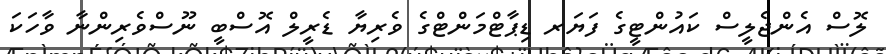
ލޮސް އެންޖެލީސް ކައުންޓީގެ ފަޔަރ ޑިޕާޓްމަންޓްގެ ވެރިޔާ ޑެރީލް އޮސްބީ ނޫސްވެރިންނާ ވާހަކަ